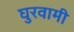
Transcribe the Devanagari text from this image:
घुरवामी